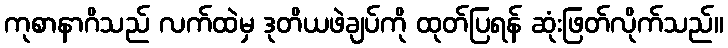
ကုစာနာဂိသည် လက်ထဲမှ ဒုတိယဖဲချပ်ကို ထုတ်ပြရန် ဆုံးဖြတ်လိုက်သည်။